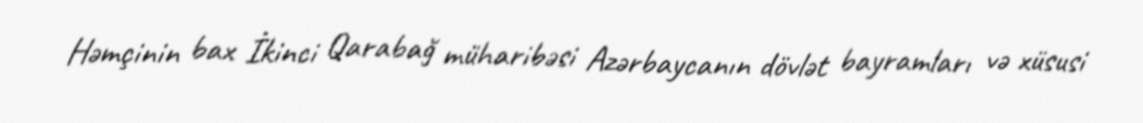
Həmçinin bax İkinci Qarabağ müharibəsi Azərbaycanın dövlət bayramları və xüsusi